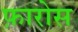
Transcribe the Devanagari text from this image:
फ़ारोस